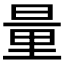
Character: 量